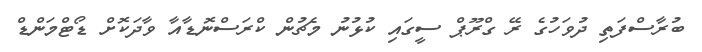
ބުރާސްފަތި ދުވަހުގެ ރޭ ގްރޫޕް ސީގައި ކުޅުނު މެޗުން ކްރަސްނޮޑާއާ ވާދަކޮށް ޑޯޓްމަންޑް